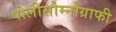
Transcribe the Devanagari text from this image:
पोलीसोम्नोग्राफी